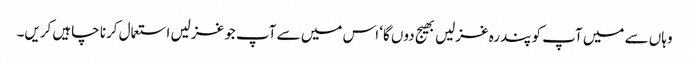
وہاں سے میں آپ کو پندرہ غزلیں بھیج دوں گا‘ اس میں سے آپ جو غزلیں استعمال کرنا چاہیں کریں۔